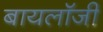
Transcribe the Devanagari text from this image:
बायलॉजी